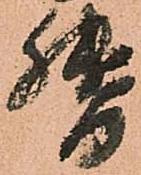
督